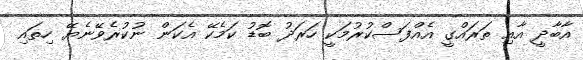
އާބާދީ އާއި ތަރައްގީ އެއްފަސްކުރުމަކީ ހަރަދު ބޮޑު ކަމެކޭ އެކަން ނުކުރެވޭނެޔޭ ހިތައި